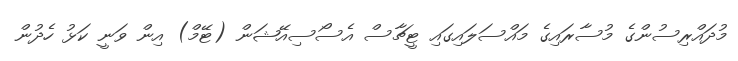
މުދައްރިސުންގެ މުސާރައިގެ މައްސަލައިގައި ޓީޗާސް އެސޯސިއޭޝަން (ޓޭމް) އިން ވަނީ ކަޅު ހެދުން